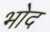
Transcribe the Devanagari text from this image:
भोद